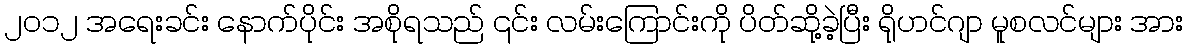
၂၀၁၂ အရေးခင်း နောက်ပိုင်း အစိုရသည် ၎င်း လမ်းကြောင်းကို ပိတ်ဆို့ခဲ့ပြီး ရိုဟင်ဂျာ မူစလင်များ အား